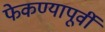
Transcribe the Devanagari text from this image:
फेकण्यापूर्वी